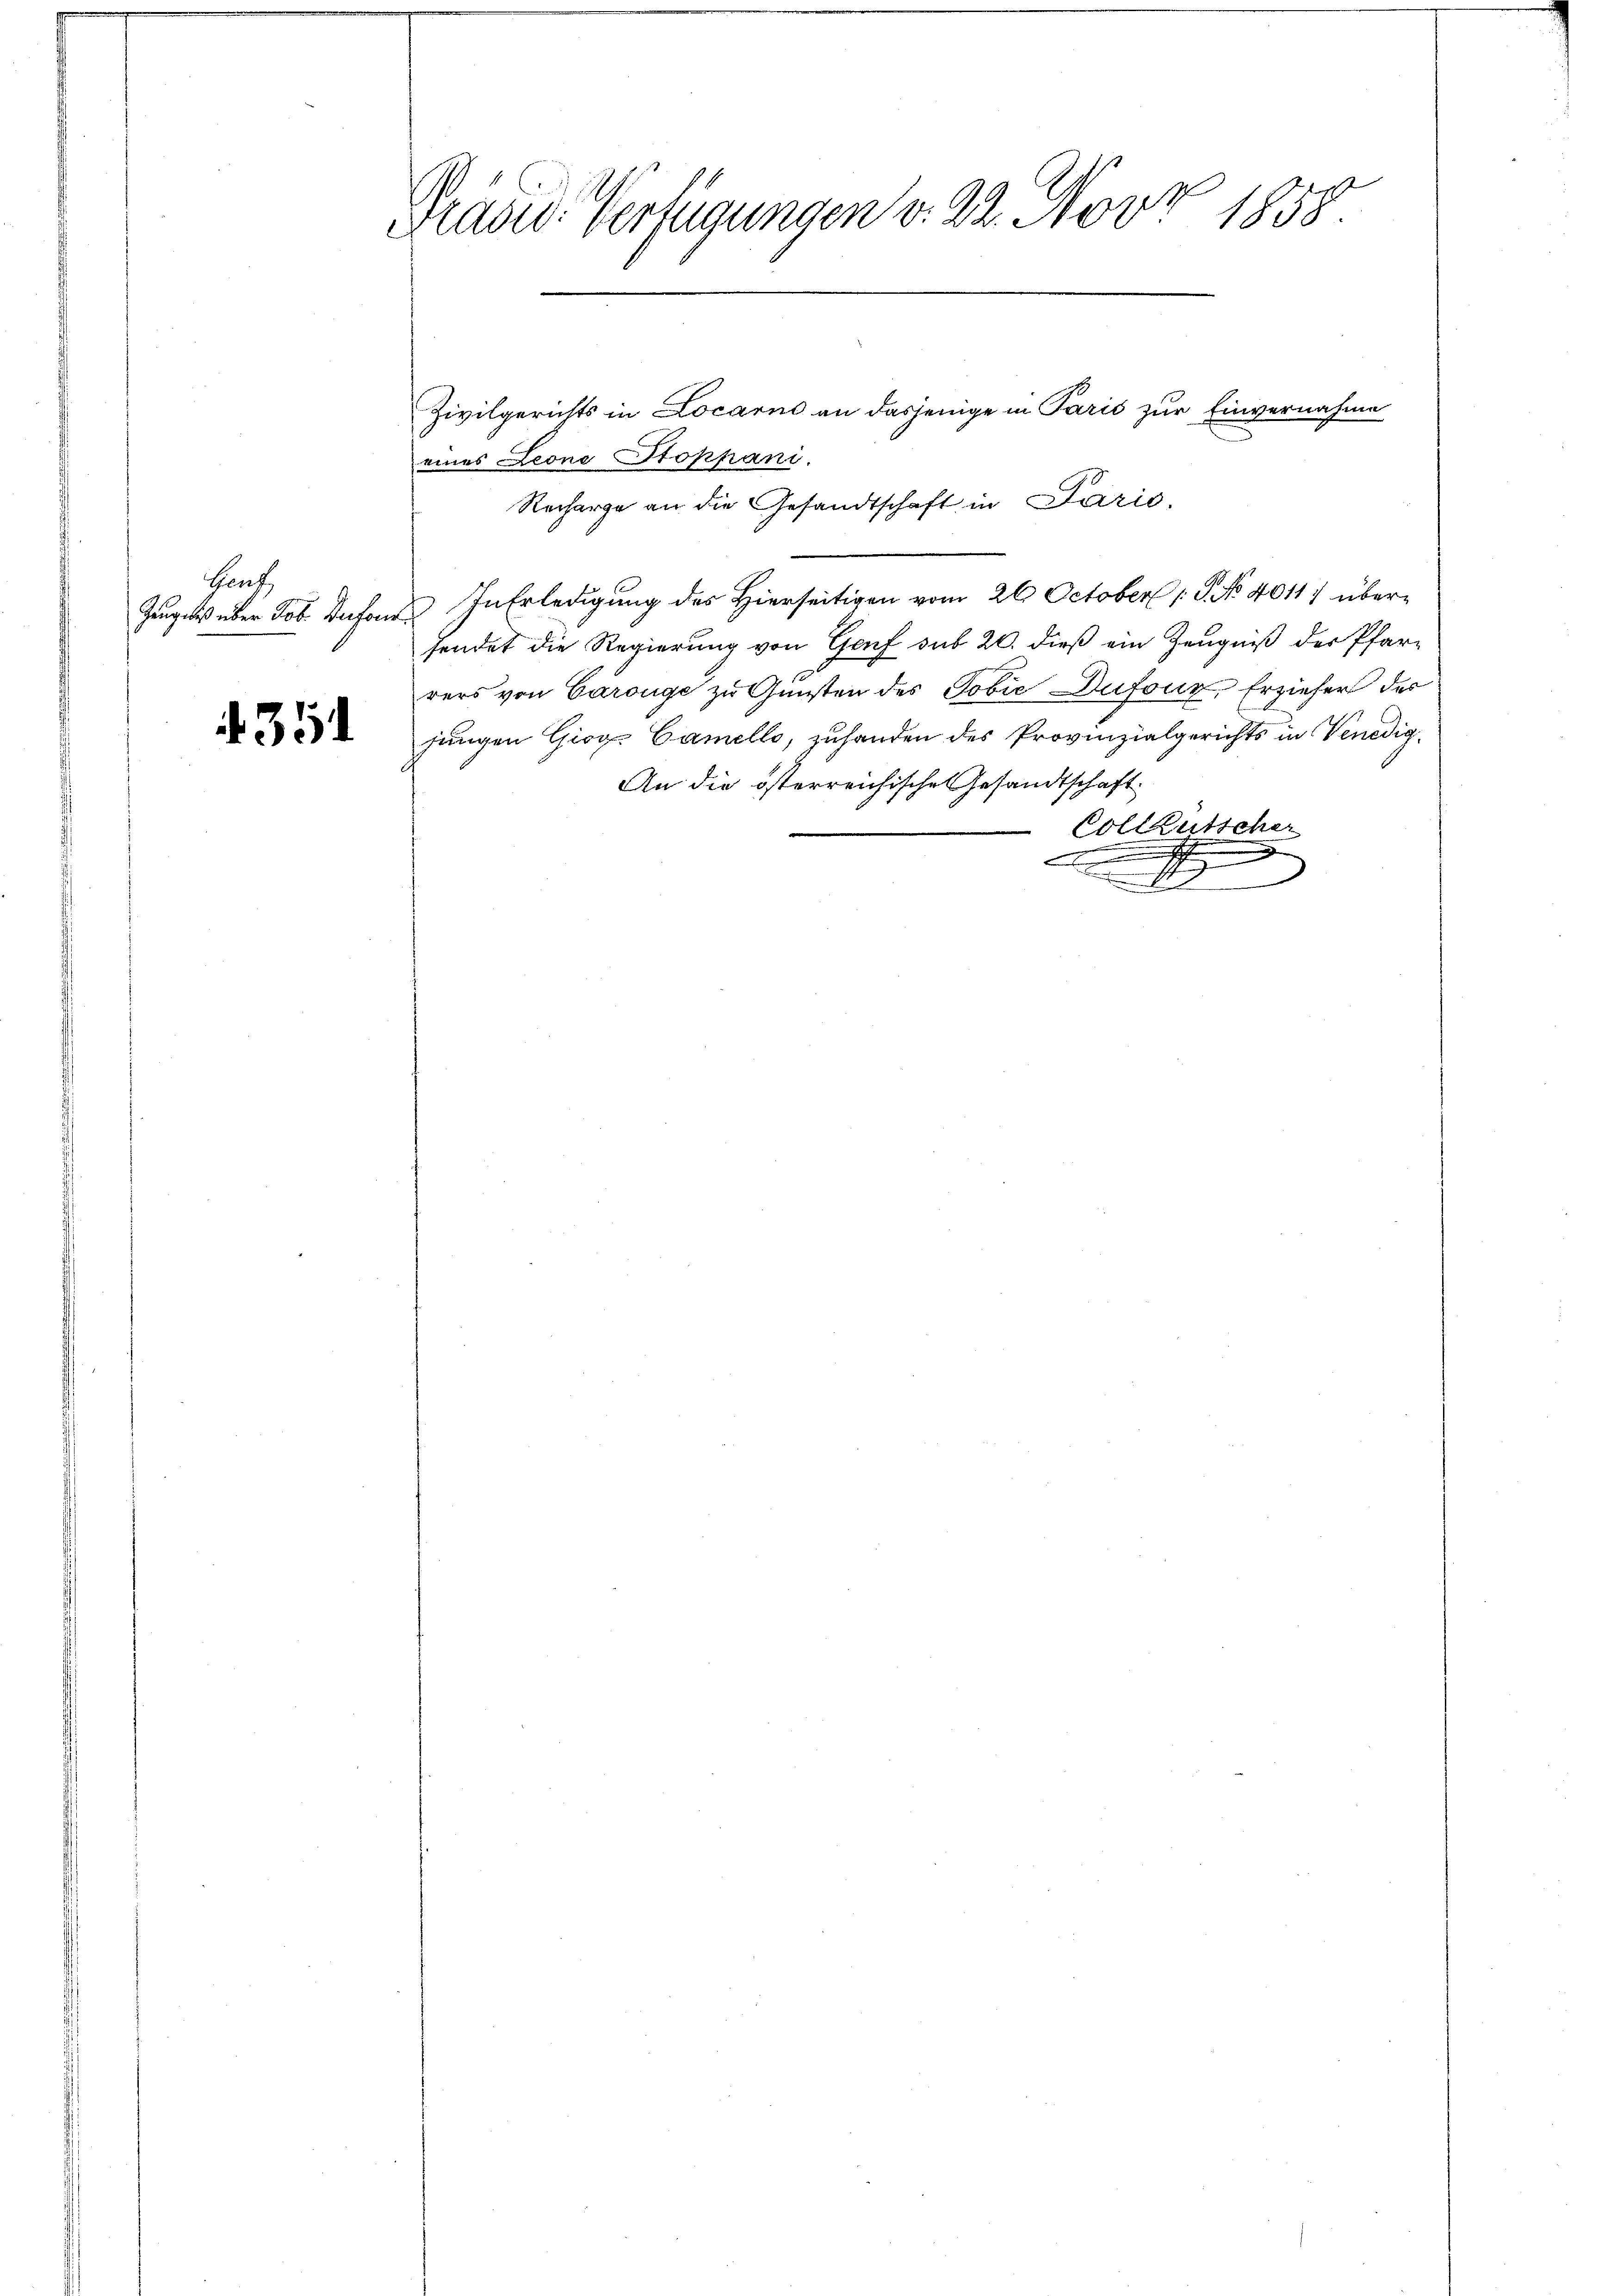
Heut

351

2
Frasid. Verfügungen v. 22. Nov. 1858.
n
1
d

eines Leone Stoppani.
Recharge an die Gesandtschaft in Paris.
Zeuge über Job Dufond. In Erledigung des Hierseitigen vom 26. October 1. No 4011) übersendet die Regierung von Genf sub 20. dieß ein Zeugniß der Pfarrers von Carouge zu Gunsten des Jobie Dufour, Erzieher des
jungen Giogs Camello, zuhanden des Provinzialgerichts in Venedig¬
An die österreichischen Gesandtschaft
Colleutscher
.
.
 nicht

Zivilgerichts in Locarne an dasjenige in Paris zur Einvernahme